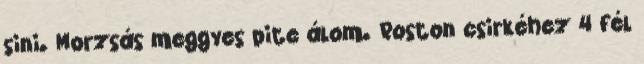
sini. Morzsás meggyes pite álom. Roston csirkéhez 4 fél